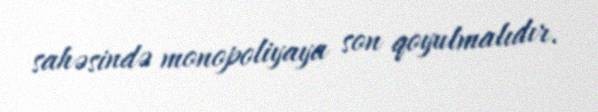
sahəsində monopoliyaya son qoyulmalıdır.